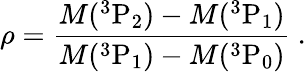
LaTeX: \rho=\frac{M({}^{3}\mathrm{P}_{2})-M({}^{3}\mathrm{P}_{1})}{M({}^{3}\mathrm{P}_{1})-M({}^{3}\mathrm{P}_{0})}\ .